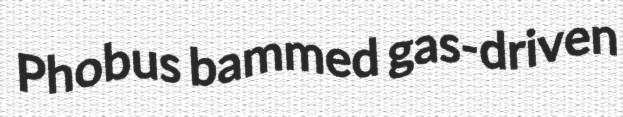
Phobus bammed gas-driven